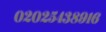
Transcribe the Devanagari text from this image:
०२०२५४३८९१६